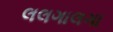
લલગાલગા